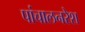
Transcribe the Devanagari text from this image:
पांचालनरेश